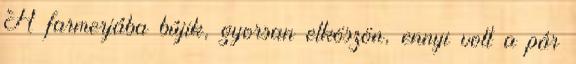
A farmerjába bújik, gyorsan elköszön, ennyi volt a pár